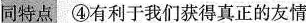
同特点 ④有利于我们获得真正的友情